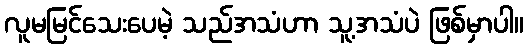
လူမမြင်သေးပေမဲ့ သည်အသံဟာ သူ့အသံပဲ ဖြစ်မှာပါ။